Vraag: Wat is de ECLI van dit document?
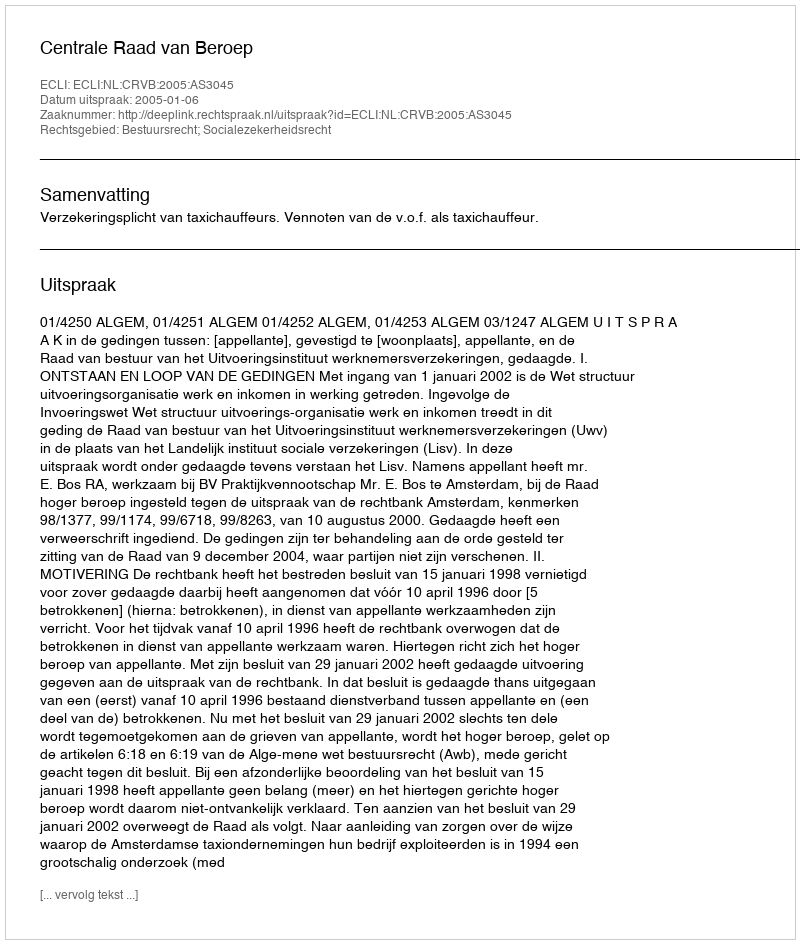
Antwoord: ECLI:NL:CRVB:2005:AS3045